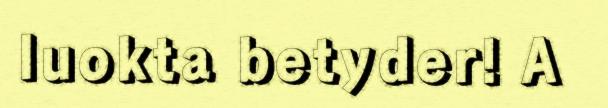
luokta betyder! A